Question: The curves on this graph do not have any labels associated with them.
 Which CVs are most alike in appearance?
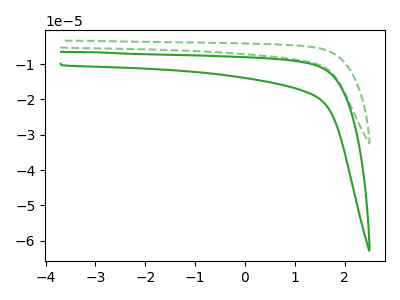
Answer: <think>The green dashed curve "green dashed" has no peaks. The green curve "green" has no peaks.
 Neither "green dashed" or "green" have any peaks.</think>
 <answer>"green" and "green dashed" have the same shape and are likely CV's of the same chemical.</answer>
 <eval>"green" "green dashed"</eval>